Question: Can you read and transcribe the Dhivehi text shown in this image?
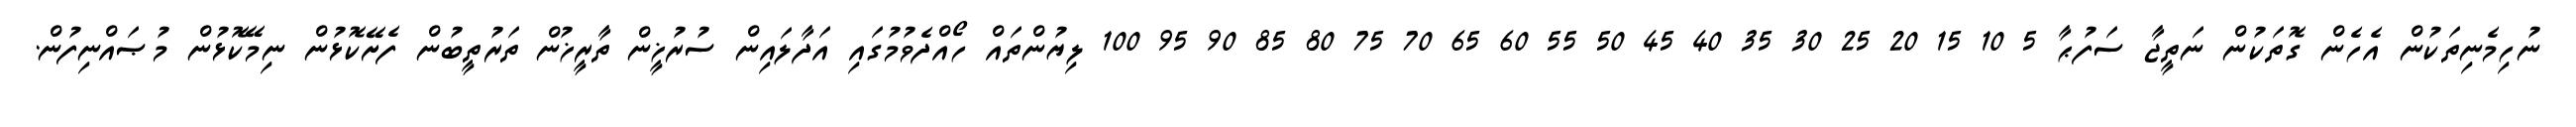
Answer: ނުހިމެނިތަކުން އެހެން ގޮތަކުން ނަތީޖާ ސަފުޙާ 5 10 15 20 25 30 35 40 45 50 55 60 65 70 75 80 85 90 95 100 ލިޔުންތައް ހޯއްދެވުމުގައި އަދާލައިން ސުރުޚީން ތާރީޚުން ތަރުތީބުން ފެށޭކޮޅުން ނިމޭކޮޅުން މުޞައްނިފުން.